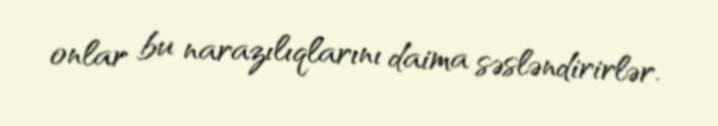
onlar bu narazılıqlarını daima səsləndirirlər.